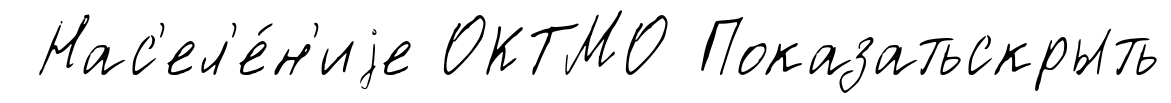
Нас'ел'е́н'иjе ОКТМО Показатьскрыть